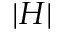
| H |